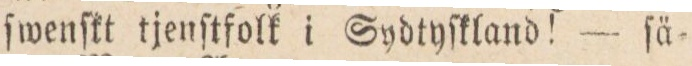
ſwenſkt tjenſtfolk i Sydtyſkland! — ſä-